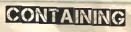
CONTAINING